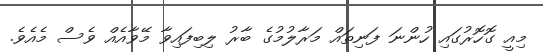
މިއީ ގޮހޮރުގައި ހުންނަ ފަނިތައް މަރާލުމުގެ ބާރު ލިބިފައިވާ މޭވާއެއް ވެސް މެއެވެ.